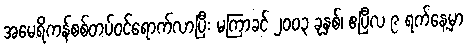
အမေရိကန်စစ်တပ်ဝင်ရောက်လာပြီး မကြာခင် ၂၀၀၃ ခုနှစ်၊ ဧပြီလ ၉ ရက်နေ့မှာ